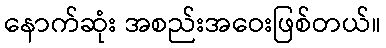
နောက်ဆုံး အစည်းအဝေးဖြစ်တယ်။